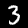
Digit: 3